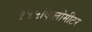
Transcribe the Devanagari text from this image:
१५५किलोमीटर